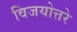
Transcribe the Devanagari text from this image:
विजयोत्तरे